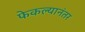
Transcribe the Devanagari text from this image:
फेकल्यानंतर